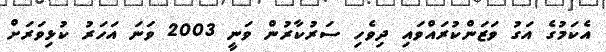
އެކަމުގެ އަގު ވަޒަންކުރައްވައި ދިވެހި ސަރުކާރުން ވަނީ 2003 ވަނަ އަހަރު ކުޅިވަރަށް